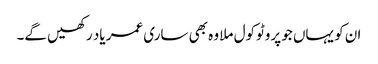
ان کو یہاں جو پروٹوکول ملا وہ بھی ساری عمر یاد رکھیں گے۔